Vaccine operations Central Provinces 1868-1885 - 1868-1885
Year: 1868
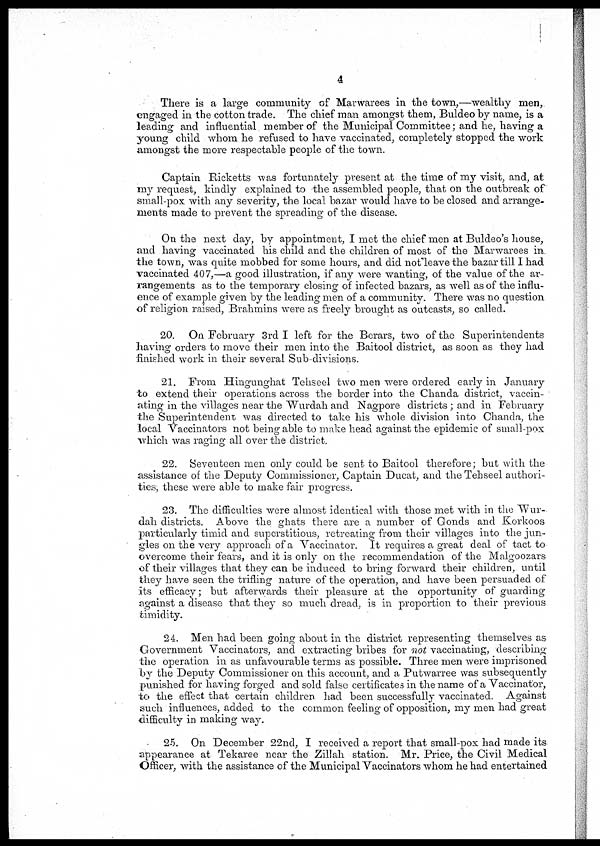
4
There is a large community of Marwarees in the town,—wealthy men,
engaged in the cotton trade. The chief man amongst them, Buldeo by name, is a
leading and influential member of the Municipal Committee; and he, having a
young child whom he refused to have vaccinated, completely stopped the work
amongst the more respectable people of the town.
Captain Ricketts was fortunately present at the time of my visit, and, at
my request, kindly explained to the assembled people, that on the outbreak of
small-pox with any severity, the local bazar would have to be closed and arrange-
ments made to prevent the spreading of the disease.
On the next day, by appointment, I met the chief men at Buldeo's house,
and having vaccinated his child and the children of most of the Marwarees in
the town, was quite mobbed for some hours, and did not leave the bazar till I had
vaccinated 407,—a good illustration, if any were wanting, of the value of the ar-
rangements as to the temporary closing of infected bazars, as well as of the influ-
ence of example given by the leading men of a community. There was no question
of religion raised, Brahmins were as freely brought as outcasts, so called.
20. On February 3rd I left for the Berars, two of the Superintendents
having orders to move their men into the Baitool district, as soon as they had
finished work in their several Sub-divisions.
21. From Hingunghat Tehseel two men were ordered early in January
to extend their operations across the border into the Chanda district, vaccin-
ating in the villages near the Wurdah and Nagpore districts ; and in February
the Superintendent was directed to take his whole division into Chanda, the
local Vaccinators not being able to make head against the epidemic of small-pox
which was raging all over the district.
22. Seventeen men only could be sent to Baitool therefore; but with the
assistance of the Deputy Commissioner, Captain Ducat, and the Tehseel authori-
ties, these were able to make fair progress.
23. The difficulties were almost identical with those met with in the Wur-
dah districts. Above the ghats there are a number of Gonds and Korkoos
particularly timid and superstitious, retreating from their villages into the jun-
gles on the very approach of a Vaccinator. It requires a great deal of tact to
overcome their fears, and it is only on the recommendation of the Malgoozars
of their villages that they can be induced to bring forward their children, until
they have seen the trifling nature of the operation, and have been persuaded of
its efficacy; but afterwards their pleasure at the opportunity of guarding
against a disease that they so much dread, is in proportion to their previous
timidity.
24. Men had been going about in the district representing themselves as
Government Vaccinators, and extracting bribes for not vaccinating, describing
the operation in as unfavourable terms as possible. Three men were imprisoned
by the Deputy Commissioner on this account, and a Putwarree was subsequently
punished for having forged and sold false certificates in the name of a Vaccinator,
to the effect that certain children had been successfully vaccinated. Against
such influences, added to the common feeling of opposition, my men had great
difficulty in making way.
25. On December 22nd, I received a report that small-pox had made its
appearance at Tekaree near the Zillah station. Mr. Price, the Civil Medical
Officer, with the assistance of the Municipal Vaccinators whom he had entertained